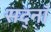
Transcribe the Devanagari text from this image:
सद्नॉ